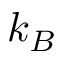
k _ { B }